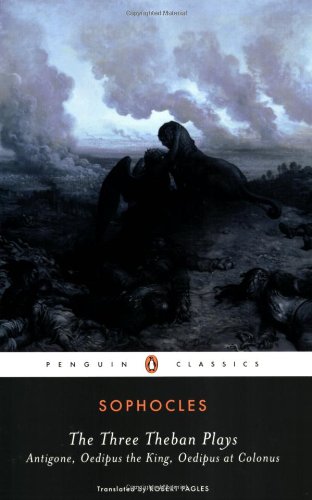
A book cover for The Three Theban Plays: Antigone; Oedipus the King; Oedipus at Colonus; Sophocles; Mystery, Thriller & Suspense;